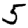
Digit: 5